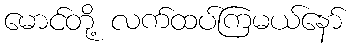
မောင်တို့ လက်ထပ်ကြမယ်နော်